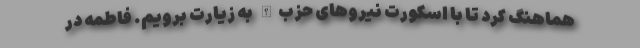
هماهنگ کرد تا با اسکورت نیروهای حزب‌الله به زیارت برویم. فاطمه در